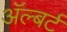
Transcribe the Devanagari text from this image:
अॅल्बर्ट